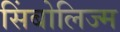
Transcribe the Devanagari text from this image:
सिंबोलिज्म